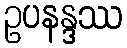
ဥပနန္ဒဿ